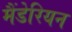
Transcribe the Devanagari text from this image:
मैंडेरियन